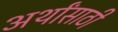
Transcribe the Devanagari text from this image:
अर्थांसाठी